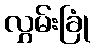
လွှမ်းခြုံ